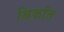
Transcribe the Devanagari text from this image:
श्रिकांत